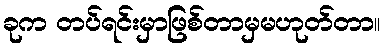
ခုက တပ်ရင်းမှာဖြစ်တာမှမဟုတ်တာ။